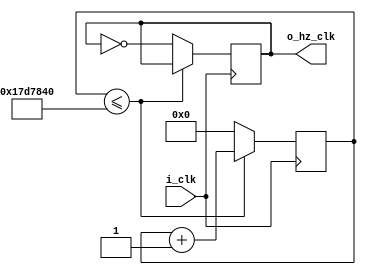
module status
    (
        input   i_clk,
        output  reg o_hz_clk
    );

    reg [31:0] r_count; 

    always @(posedge i_clk) begin
        if (r_count <= 25000000)
            begin
                r_count <= r_count + 1;
            end
        else
            begin
                r_count <= 0;
                o_hz_clk <= ~o_hz_clk;
            end
    end
endmodule